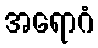
အရောဂံ